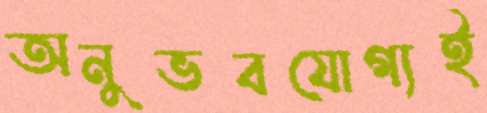
অনুভবযোগ্যই